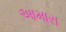
આમારા